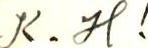
K.H!